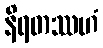
နိရတဿဟံ